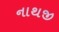
નાથજી